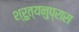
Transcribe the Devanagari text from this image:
श्रुत्यनुप्रास